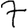
Digit: 7